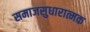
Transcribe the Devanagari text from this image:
समाजसुधारात्मक